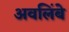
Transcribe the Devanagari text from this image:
अवलिंबे